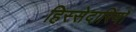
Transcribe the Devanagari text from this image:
हिस्सेदारियाँ